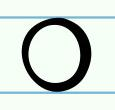
o